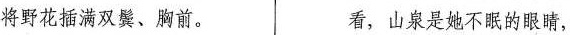
将野花插满双鬓、胸前。 看，山泉是她不眠的眼睛，